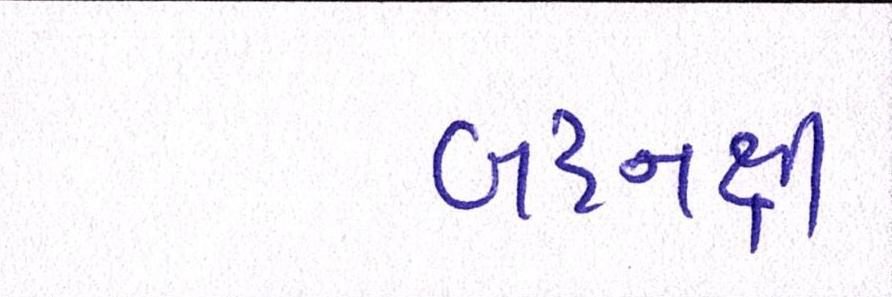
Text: બદનક્ષી